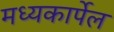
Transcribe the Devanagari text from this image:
मध्यकार्पेल